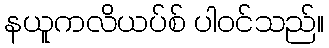
နယူကလိယပ်စ် ပါဝင်သည်။